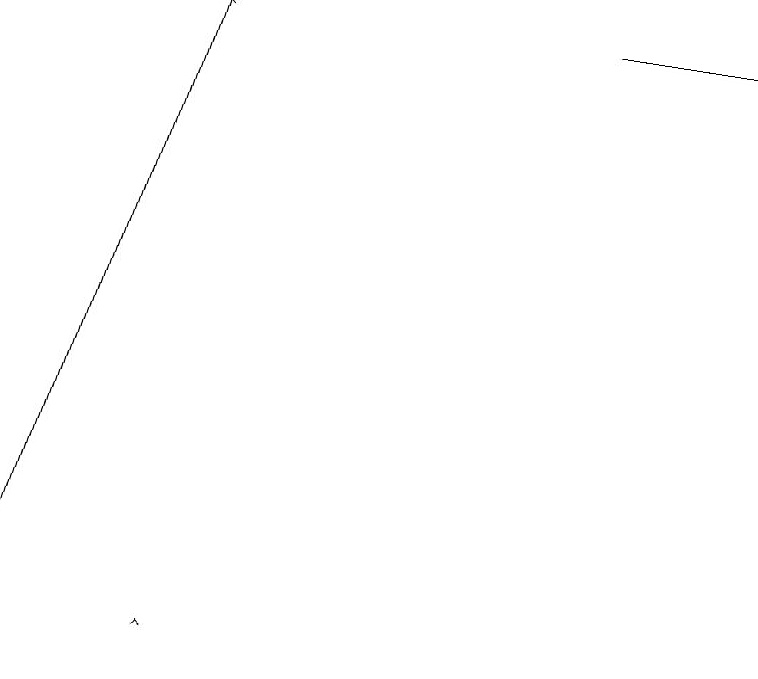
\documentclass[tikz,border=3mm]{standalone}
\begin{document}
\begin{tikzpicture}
\draw (9,18) rectangle (7,18);
\draw[->] (2,10) -- (2,10);
\draw[->] (0,11) -- (2,18);
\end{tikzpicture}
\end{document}